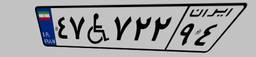
۴۷W۷۲۲۹۴